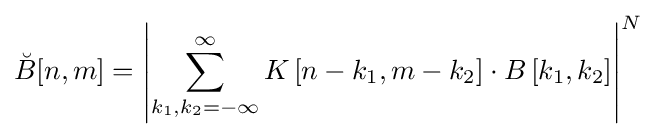
{\breve {B}}[n,m]=\left|\sum _{k_{1},k_{2}=-\infty }^{\infty }K\left[n-k_{1},m-k_{2}\right]\cdot B\left[k_{1},k_{2}\right]\right|^{N}